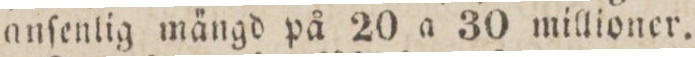
anſenlig mängd på 20 a 30 millioner.